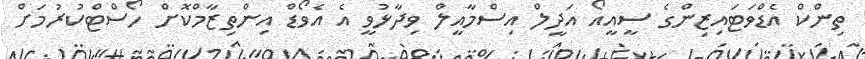
ތިންކް އެޑްވަޓައިޒިންގެ ސީއީއޯ އަދީލް އިސްމާއީލް ވިދާޅުވީ އެ އެވޯޑް އިންތިޒާމްކޮށް ހޯސްޓްކުރުމަށް